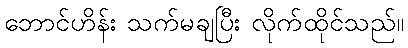
ဘောင်ဟိန်း သက်မချပြီး လိုက်ထိုင်သည်။